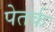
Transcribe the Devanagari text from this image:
पेतर्क